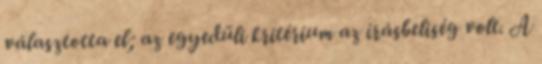
választotta el; az egyedüli kritérium az írásbeliség volt. A